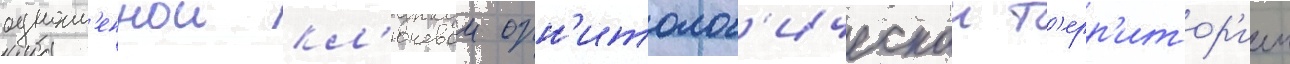
одноим'еннои кл'ючевои орн'итолог'ическои т'ерр'итор'иеи